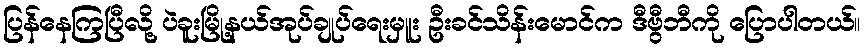
ပြန်နေကြပြီလို့ ပဲခူးမြို့နယ်အုပ်ချုပ်ရေးမှူး ဦးခင်သိန်းမောင်က ဒီဗွီဘီကို ပြောပါတယ်။